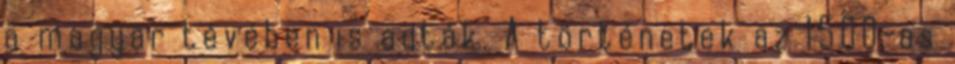
a magyar tévében is adták. A történetek az 1500-as